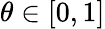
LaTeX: \theta\in[0,1]